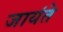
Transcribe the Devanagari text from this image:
जायंते